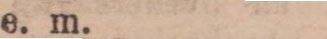
e. m.